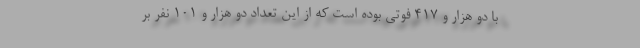
با دو هزار و ۴۱۷ فوتی بوده است که از این تعداد دو هزار و ۱۰۱ نفر بر